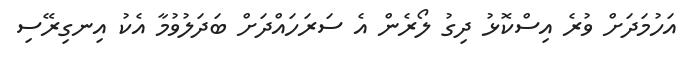
އަހުމަދަށް ވުރެ އިސްކޮޅު ދިގު ލޯރެން އެ ސަރަހައްދަށް ބަދަލުވުމާ އެކު އިނގިރޭސި